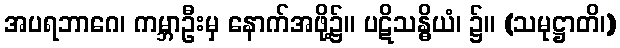
အပရဘာဂေ၊ ကမ္ဘာဦးမှ နောက်အဖို့၌။ ပဋိသန္ဓိယံ၊ ၌။ (သမုဋ္ဌာတိ၊)